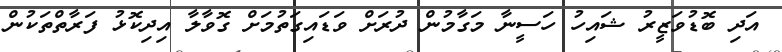
އަދި ބޮޑުވަޒީރު ޝައިހު ހަސީނާ މަގާމުން ދުރަށް ވަޑައިގަތުމަށް ގޮވާލާ އިދިކޮޅު ފަރާތްތަކުން